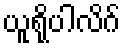
ယူရိုပါလိဂ်